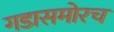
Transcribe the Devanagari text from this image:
गडासमोरच